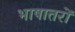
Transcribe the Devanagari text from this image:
भाषातरों